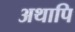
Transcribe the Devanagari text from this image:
अथापि